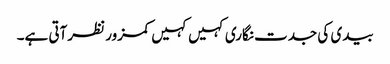
بیدی کی جدت نگاری کہیں کہیں کمزور نظرآتی ہے۔